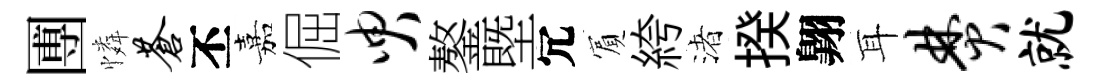
圑憐苍丕嘉倔臾鏊塈冗賔絝渚揆翺耳焚就